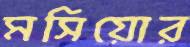
মসিয়োর